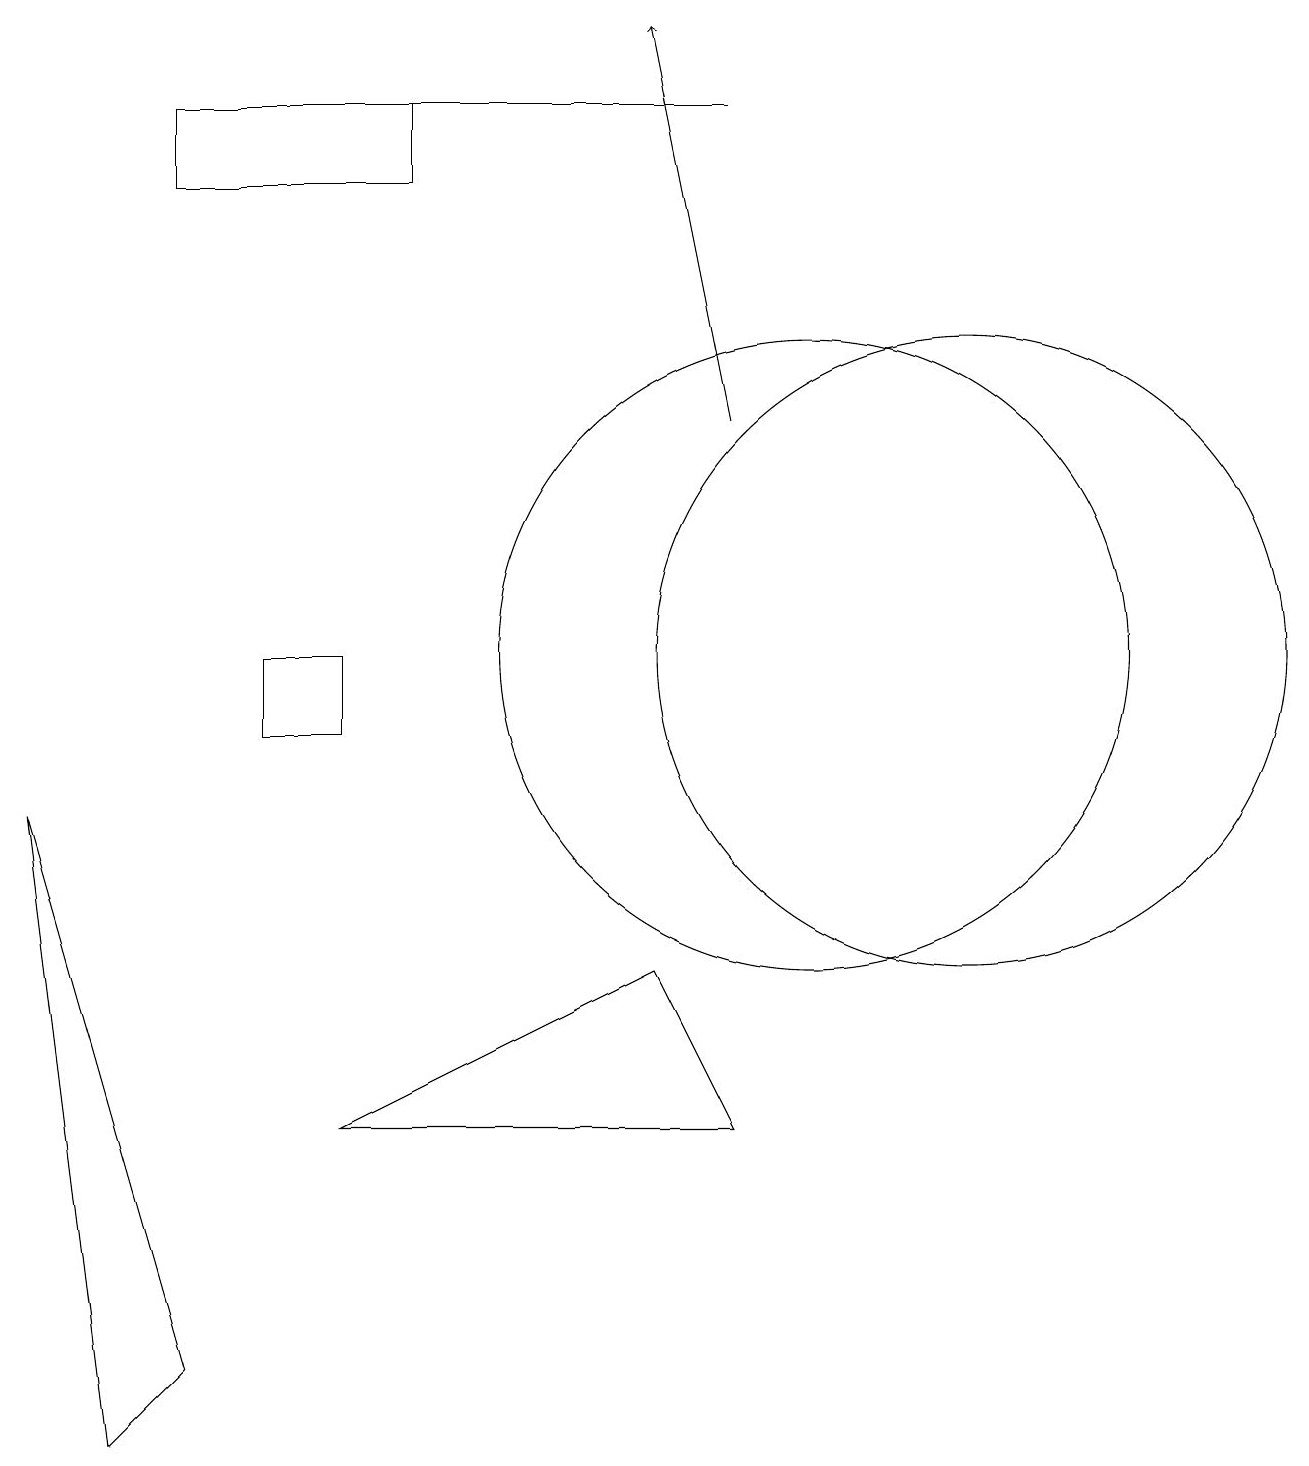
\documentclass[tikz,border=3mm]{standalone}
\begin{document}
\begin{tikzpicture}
\draw (9,5) -- (4,5) -- (8,7) -- cycle;
\draw[->] (9,14) -- (8,19);
\draw (3,11) rectangle (4,10);
\draw (10,11) circle (4);
\draw (12,11) circle (4);
\draw (2,18) rectangle (9,18);
\draw (2,2) -- (1,1) -- (0,9) -- cycle;
\draw (2,18) rectangle (5,17);
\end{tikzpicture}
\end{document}